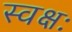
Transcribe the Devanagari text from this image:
स्वक्षः